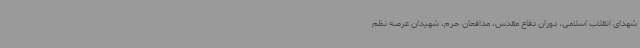
شهدای انقلاب اسلامی، دوران دفاع مقدس، مدافعان حرم، شهیدان عرصه نظم